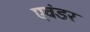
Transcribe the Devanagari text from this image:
एवंडर